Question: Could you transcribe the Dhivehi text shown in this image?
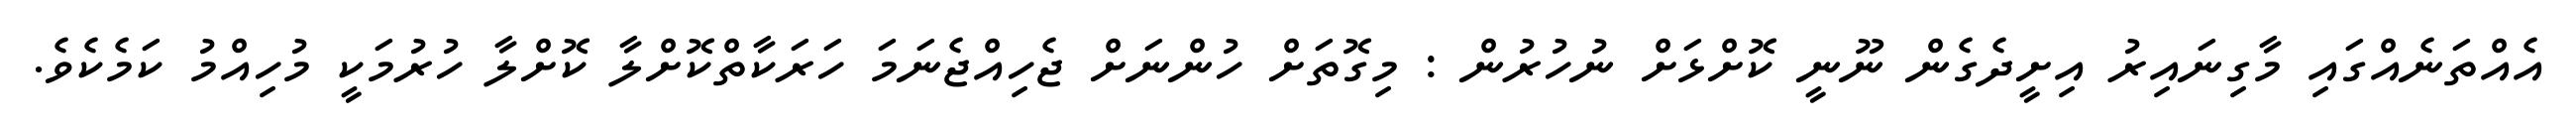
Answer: އެއްތަނެއްގައި މާގިނައިރު އިށީދެގެން ނޫނީ ކޮށްޅަށް ނުހުރުން : މިގޮތަށް ހުންނަށް ޖެހިއްޖެނަމަ ހަރަކާތްކޮށްލާ ކޮށްލާ ހުރުމަކީ މުހިއްމު ކަމެކެވެ.